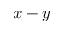
x - y